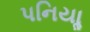
પનિયાૢ